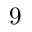
9